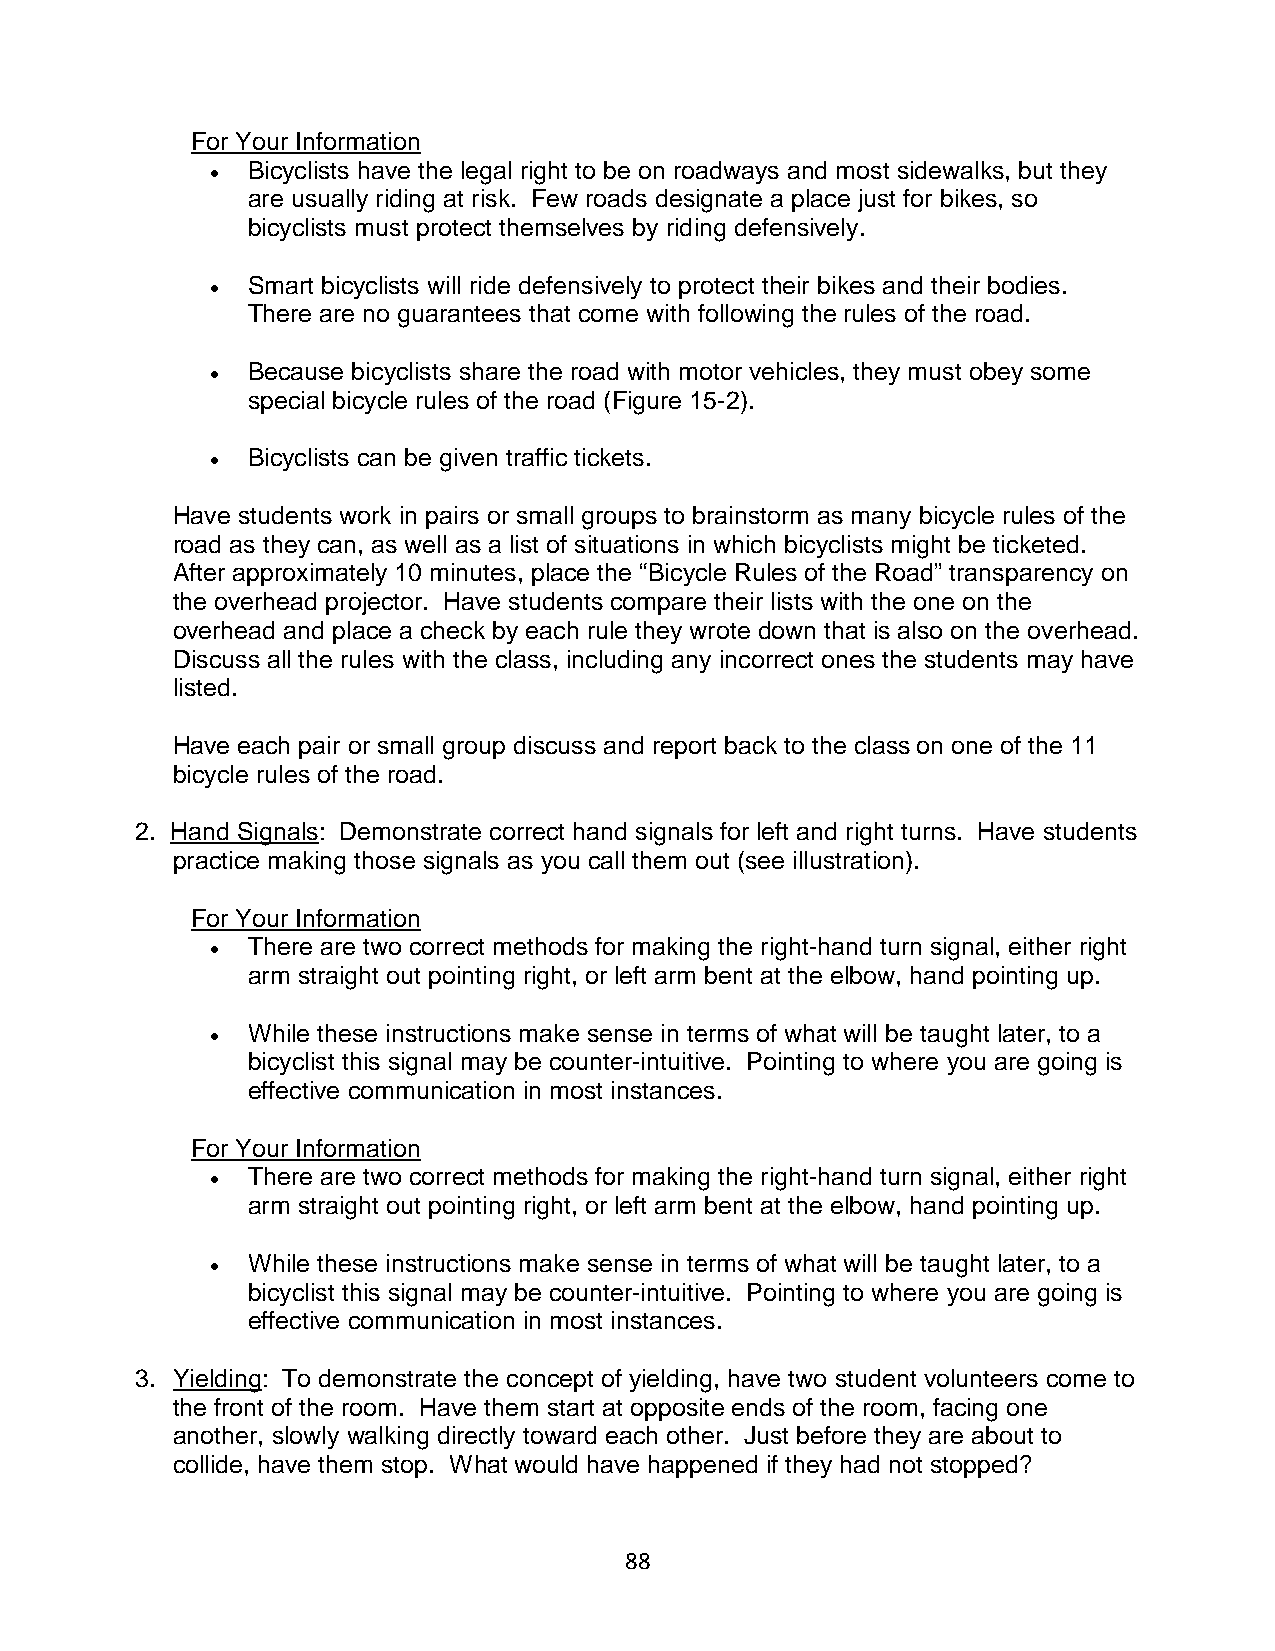
For Your Information
 • Bicyclists have the legal right to be on roadways and most sidewalks, but they
 are usually riding at risk. Few roads designate a place just for bikes, so
 bicyclists must protect themselves by riding defensively.
 • Smart bicyclists will ride defensively to protect their bikes and their bodies.
 There are no guarantees that come with following the rules of the road.
 • Because bicyclists share the road with motor vehicles, they must obey some
 special bicycle rules of the road (Figure 15-2).
 • Bicyclists can be given traffic tickets.
 Have students work in pairs or small groups to brainstorm as many bicycle rules of the
 road as they can, as well as a list of situations in which bicyclists might be ticketed.
 After approximately 10 minutes, place the “Bicycle Rules of the Road” transparency on
 the overhead projector. Have students compare their lists with the one on the
 overhead and place a check by each rule they wrote down that is also on the overhead.
 Discuss all the rules with the class, including any incorrect ones the students may have
 listed.
 Have each pair or small group discuss and report back to the class on one of the 11
 bicycle rules of the road.
 2. Hand Signals: Demonstrate correct hand signals for left and right turns. Have students
 practice making those signals as you call them out (see illustration).
 For Your Information
 • There are two correct methods for making the right-hand turn signal, either right
 arm straight out pointing right, or left arm bent at the elbow, hand pointing up.
 • While these instructions make sense in terms of what will be taught later, to a
 bicyclist this signal may be counter-intuitive. Pointing to where you are going is
 effective communication in most instances.
 For Your Information
 • There are two correct methods for making the right-hand turn signal, either right
 arm straight out pointing right, or left arm bent at the elbow, hand pointing up.
 • While these instructions make sense in terms of what will be taught later, to a
 bicyclist this signal may be counter-intuitive. Pointing to where you are going is
 effective communication in most instances.
 3. Yielding: To demonstrate the concept of yielding, have two student volunteers come to
 the front of the room. Have them start at opposite ends of the room, facing one
 another, slowly walking directly toward each other. Just before they are about to
 collide, have them stop. What would have happened if they had not stopped?
 88